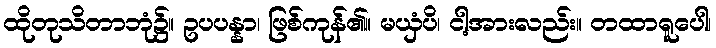
ထိုတုသိတာဘုံ၌။ ဥပပန္နာ၊ ဖြစ်ကုန်၏။ မယှံပိ၊ ငါ့အားလည်း။ တထာရူပေါ၊